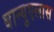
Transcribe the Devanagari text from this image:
बान्युएलास